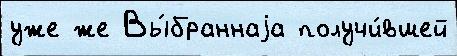
уже же Вы́браннаjа получи́вшей